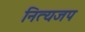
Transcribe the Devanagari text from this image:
नित्यजप